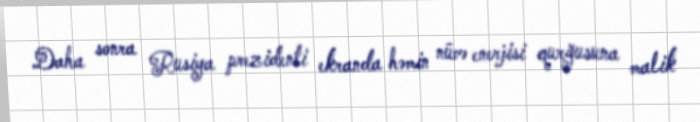
Daha sonra Rusiya prezidenti ekranda həmin nüvə enerjisi qurğusuna malik